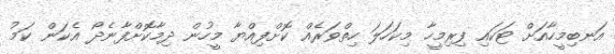
އަނބިމީހާއަށް ޓަކައި ފިރިމީހާ މިކަހަލަ ހިތްވަރެއް ކޮށްފިއްޔާ މީހުން ދިމާކޮށްފާނެދޯ އެކަން ކަމު